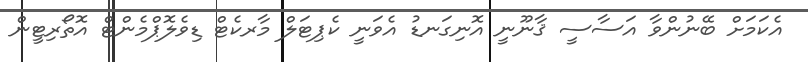
އެކަމަށް ބޭނުންވާ އަސާސީ ޤާނޫނީ އޮނިގަނޑު އެވަނީ ކެޕިޓަލް މާރކެޓް ޑިވެލޮޕްމެންޓް އޮތޯރިޓީން